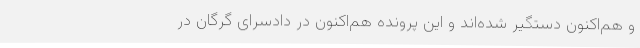
و هم‌اکنون دستگیر شده‌اند و این پرونده هم‌اکنون در دادسرای گرگان در